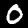
Digit: 0